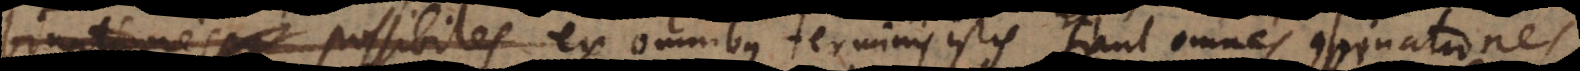
possibiles ex omnibus terminis istis fiant omnes combinatio